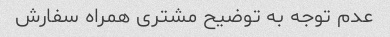
عدم توجه به توضیح مشتری همراه سفارش